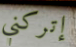
إتركني